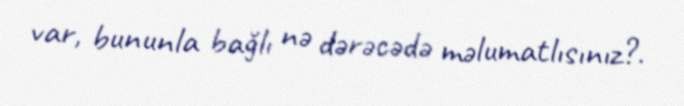
var, bununla bağlı nə dərəcədə məlumatlısınız?.